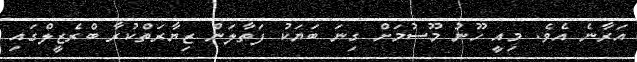
އަރާނެ އެވެ. މިއީ ހޫނު މޫސުމަށް ގިނަ ބަޔަކު ފަތާލަން ޒިޔާރަތްކުރާ ބްރެޒީލްގައި